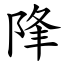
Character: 䧏